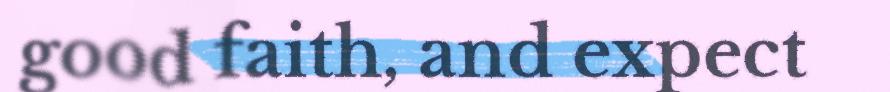
good faith, and expect